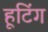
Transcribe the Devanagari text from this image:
हूटिंग